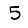
Digit: 5